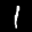
Label: 1